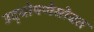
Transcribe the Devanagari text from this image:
उद्घोषणेसोबत